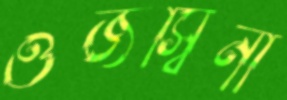
ওজস্বিনী